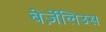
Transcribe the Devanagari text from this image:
बेर्ज़ेलिउस